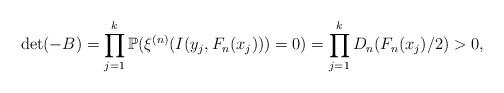
LaTeX: \begin{align*}&\det ( -B)=\prod_{j=1}^k\mathbb{P}(\xi^{(n)}(I(y_j, F_n(x_j)))=0)=\prod_{j=1}^kD_n(F_n(x_j)/2)>0,\end{align*}